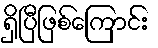
ရှိပြီဖြစ်ကြောင်း